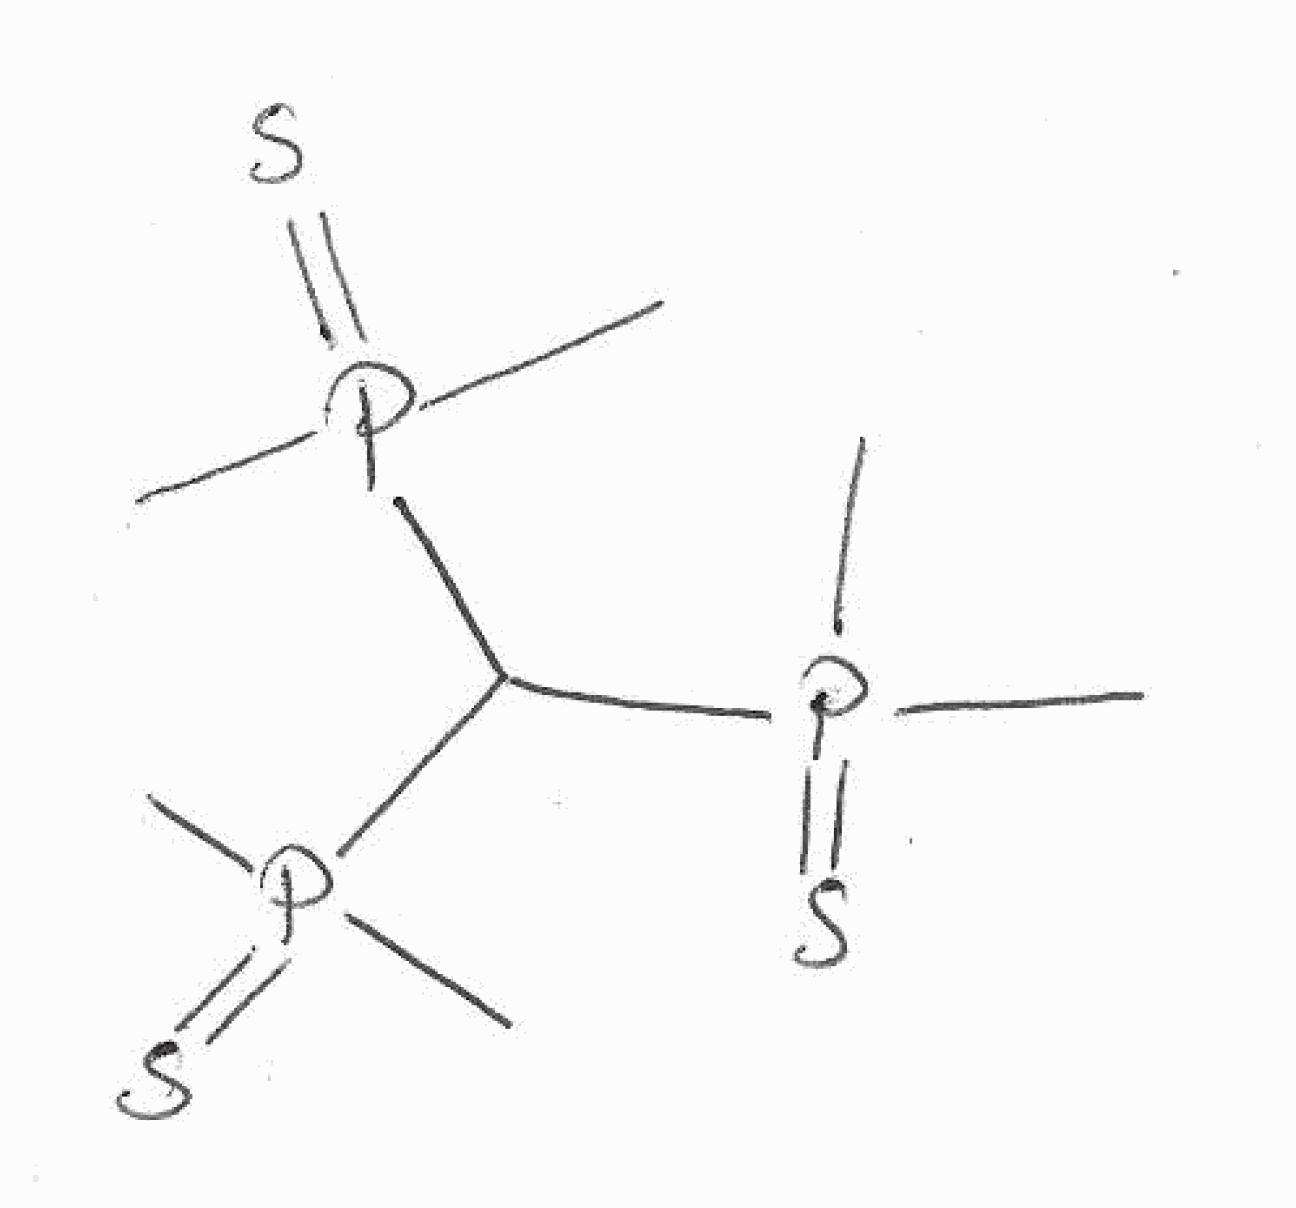
Simplified molecular-input line-entry system (SMILES) notation of the given molecule:
CP(=S)(C)C(P(=S)(C)C)P(=S)(C)C